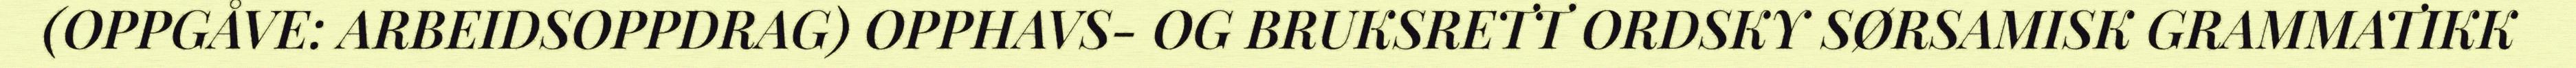
(OPPGÅVE: ARBEIDSOPPDRAG) OPPHAVS- OG BRUKSRETT ORDSKY SØRSAMISK GRAMMATIKK